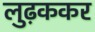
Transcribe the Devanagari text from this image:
लुढ़ककर